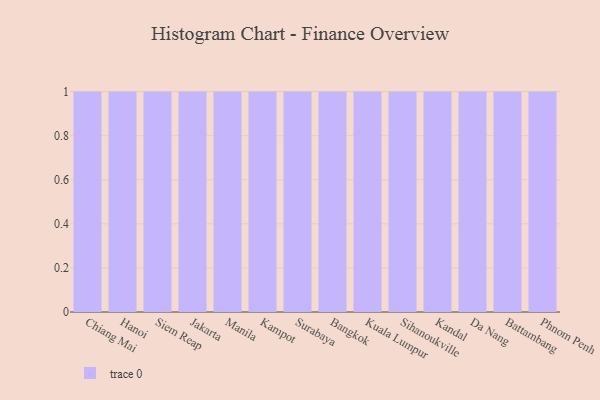
{"axis": {"x": "City", "y": "Churn Rate (%)"}, "legend": [""], "data": [{"x": "Chiang Mai", "y": 91, "type": ""}, {"x": "Hanoi", "y": 51, "type": ""}, {"x": "Siem Reap", "y": 79, "type": ""}, {"x": "Jakarta", "y": 39, "type": ""}, {"x": "Manila", "y": 76, "type": ""}, {"x": "Kampot", "y": 89, "type": ""}, {"x": "Surabaya", "y": 55, "type": ""}, {"x": "Bangkok", "y": 46, "type": ""}, {"x": "Kuala Lumpur", "y": 66, "type": ""}, {"x": "Sihanoukville", "y": 61, "type": ""}, {"x": "Kandal", "y": 82, "type": ""}, {"x": "Da Nang", "y": 87, "type": ""}, {"x": "Battambang", "y": 36, "type": ""}, {"x": "Phnom Penh", "y": 64, "type": ""}]}